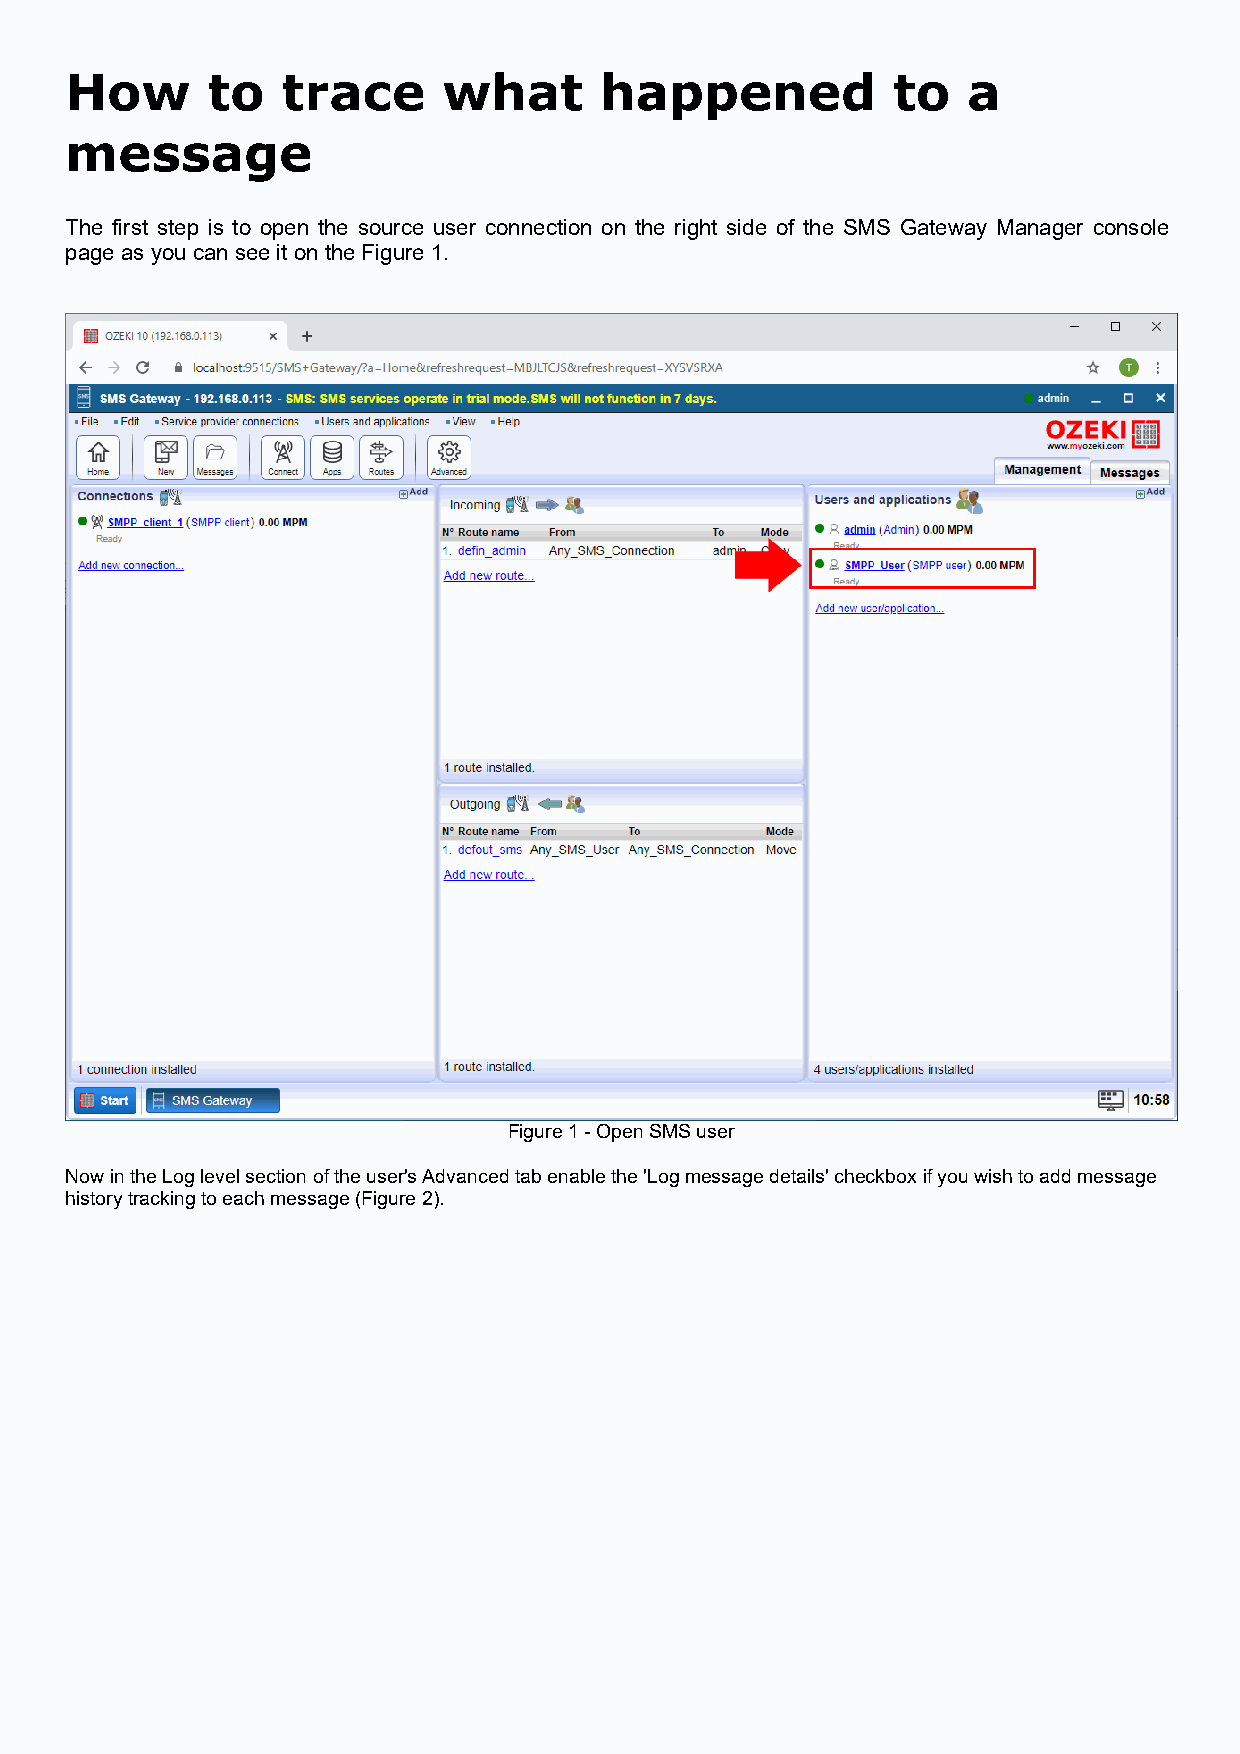
How       to   trace     what       happened           to   a
 message
 The first step is to open the source user connection on the right side of the SMS Gateway Manager console
 page as you can see it on the Figure 1.
 Figure 1 - Open SMS user
 Now in the Log level section of the user's Advanced tab enable the 'Log message details' checkbox if you wish to add message
 history tracking to each message (Figure 2).